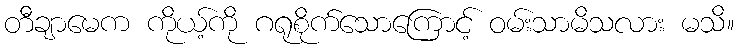
တီချာမေက ကိုယ့်ကို ဂရုစိုက်သောကြောင့် ဝမ်းသာမိသလား မသိ။